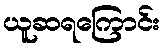
ယူဆရကြောင်း